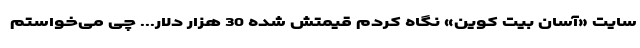
سایت «آسان بیت کوین» نگاه کردم قیمتش شده 30 هزار دلار... چی می­خواستم